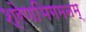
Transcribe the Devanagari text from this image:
श्रेणभिगमनम्